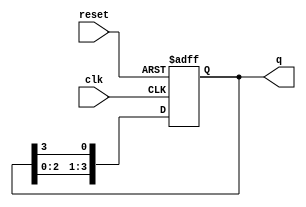
module binary_ring_counter (
    input wire clk,       // Clock input
    input wire reset,     // Reset input
    output reg [N-1:0] q // Output vector (assuming N flip-flops)
);
    parameter N = 4; // Number of flip-flops in the ring counter (can be changed as needed)

    // Always block triggered on the positive edge of the clock or when reset is asserted
    always @(posedge clk or posedge reset) begin
        if (reset) begin
            // Initialize the counter to a single '1' in the first flip-flop
            q <= 1; // This initializes the counter to 0001 for N=4
        end else begin
            // Shift the '1' to the next flip-flop in the ring
            q <= {q[N-2:0], q[N-1]}; // Shift left and wrap around
        end
    end
endmodule